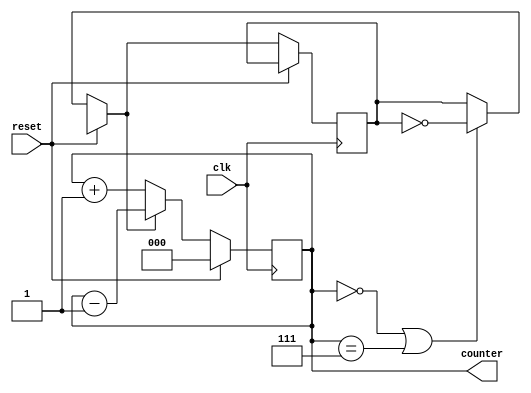
`timescale 1ns/1ps

module counter3bit(
  	input clk,
	input reset,
  output [2:0] counter

);
  reg [2:0]counter_reg;
  reg count_direction;
  
  initial begin 
    counter_reg=1;
    count_direction=0;
  end
  
  
  always@(posedge clk) begin
    if(reset)begin
      counter_reg=0;
    	end
  	else begin
  	//change directions when at edge value
      if(counter_reg==0 | counter_reg==7)begin
        count_direction=~count_direction;
      end
      //making the sequence
      if (count_direction==0)begin
      	counter_reg=counter_reg+1;
      end
      else begin
        counter_reg=counter_reg-1;
      end
    end
  
  end
  assign counter= counter_reg;

endmodule